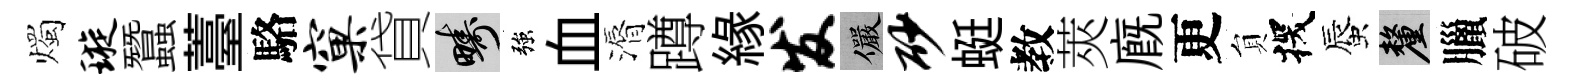
燭璇蠶薹駱窠貸疇強血漘蹲緣发儼砂蜓教莢廐更貟探蜃厘臘破